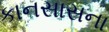
કાનસાસના